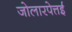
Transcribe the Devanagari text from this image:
जोलारपेत्तई